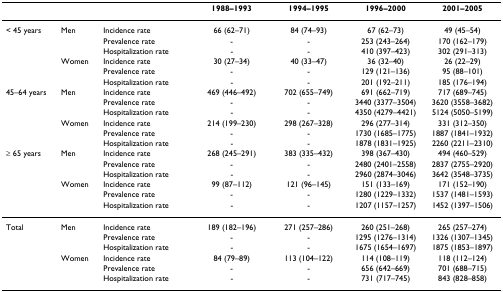
<table><thead><tr><td></td><td></td><td></td><td><b>1988–1993</b></td><td><b>1994–1995</b></td><td><b>1996–2000</b></td><td><b>2001–2005</b></td></tr></thead><tbody><tr><td>&lt; 45 years</td><td>Men</td><td>Incidence rate</td><td>66 (62–71)</td><td>84 (74–93)</td><td>67 (62–73)</td><td>49 (45–54)</td></tr><tr><td></td><td></td><td>Prevalence rate</td><td>-</td><td>-</td><td>253 (243–264)</td><td>170 (162–179)</td></tr><tr><td></td><td></td><td>Hospitalization rate</td><td>-</td><td>-</td><td>410 (397–423)</td><td>302 (291–313)</td></tr><tr><td></td><td>Women</td><td>Incidence rate</td><td>30 (27–34)</td><td>40 (33–47)</td><td>36 (32–40)</td><td>26 (22–29)</td></tr><tr><td></td><td></td><td>Prevalence rate</td><td>-</td><td>-</td><td>129 (121–136)</td><td>95 (88–101)</td></tr><tr><td></td><td></td><td>Hospitalization rate</td><td>-</td><td>-</td><td>201 (192–211)</td><td>185 (176–194)</td></tr><tr><td>45–64 years</td><td>Men</td><td>Incidence rate</td><td>469 (446–492)</td><td>702 (655–749)</td><td>691 (662–719)</td><td>717 (689–745)</td></tr><tr><td></td><td></td><td>Prevalence rate</td><td>-</td><td>-</td><td>3440 (3377–3504)</td><td>3620 (3558–3682)</td></tr><tr><td></td><td></td><td>Hospitalization rate</td><td>-</td><td>-</td><td>4350 (4279–4421)</td><td>5124 (5050–5199)</td></tr><tr><td></td><td>Women</td><td>Incidence rate</td><td>214 (199–230)</td><td>298 (267–328)</td><td>296 (277–314)</td><td>331 (312–350)</td></tr><tr><td></td><td></td><td>Prevalence rate</td><td>-</td><td>-</td><td>1730 (1685–1775)</td><td>1887 (1841–1932)</td></tr><tr><td></td><td></td><td>Hospitalization rate</td><td>-</td><td>-</td><td>1878 (1831–1925)</td><td>2260 (2211–2310)</td></tr><tr><td>≥ 65 years</td><td>Men</td><td>Incidence rate</td><td>268 (245–291)</td><td>383 (335–432)</td><td>398 (367–430)</td><td>494 (460–529)</td></tr><tr><td></td><td></td><td>Prevalence rate</td><td>-</td><td>-</td><td>2480 (2401–2558)</td><td>2837 (2755–2920)</td></tr><tr><td></td><td></td><td>Hospitalization rate</td><td>-</td><td>-</td><td>2960 (2874–3046)</td><td>3642 (3548–3735)</td></tr><tr><td></td><td>Women</td><td>Incidence rate</td><td>99 (87–112)</td><td>121 (96–145)</td><td>151 (133–169)</td><td>171 (152–190)</td></tr><tr><td></td><td></td><td>Prevalence rate</td><td>-</td><td>-</td><td>1280 (1229–1332)</td><td>1537 (1481–1593)</td></tr><tr><td></td><td></td><td>Hospitalization rate</td><td>-</td><td>-</td><td>1207 (1157–1257)</td><td>1452 (1397–1506)</td></tr><tr><td>Total</td><td>Men</td><td>Incidence rate</td><td>189 (182–196)</td><td>271 (257–286)</td><td>260 (251–268)</td><td>265 (257–274)</td></tr><tr><td></td><td></td><td>Prevalence rate</td><td>-</td><td>-</td><td>1295 (1276–1314)</td><td>1326 (1307–1345)</td></tr><tr><td></td><td></td><td>Hospitalization rate</td><td>-</td><td>-</td><td>1675 (1654–1697)</td><td>1875 (1853–1897)</td></tr><tr><td></td><td>Women</td><td>Incidence rate</td><td>84 (79–89)</td><td>113 (104–122)</td><td>114 (108–119)</td><td>118 (112–124)</td></tr><tr><td></td><td></td><td>Prevalence rate</td><td>-</td><td>-</td><td>656 (642–669)</td><td>701 (688–715)</td></tr><tr><td></td><td></td><td>Hospitalization rate</td><td>-</td><td>-</td><td>731 (717–745)</td><td>843 (828–858)</td></tr></tbody></table>